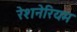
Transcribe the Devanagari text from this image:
रेशनेरियम